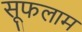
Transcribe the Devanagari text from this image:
सूफलाम